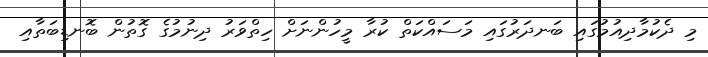
މި ދެކުމާދިއުމުގައި ބަނދަރުގައި މަސައްކަތް ކުރާ މީހުންނަށް ހިތްވަރު ދިނުމުގެ ގޮތުން ބޮނޑިބަތާއި